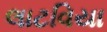
લાટવિયા